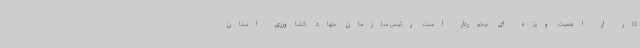
کار از اهمیت ویژه ای برخوردار است. رئیس سازمان جهاد کشاورزی استان